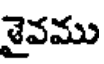
శైవము